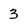
Character: 3